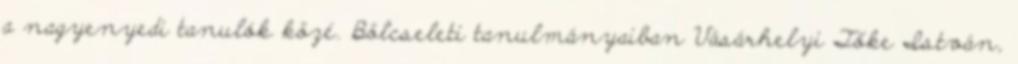
a nagyenyedi tanulók közé. Bölcseleti tanulmányaiban Vásárhelyi Tőke István,